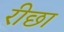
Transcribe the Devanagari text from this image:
रीछा